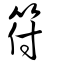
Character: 符